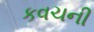
કવચની